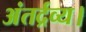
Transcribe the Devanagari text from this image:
अंतर्द्रव्य।